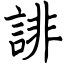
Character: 誹